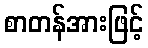
စာတန်အားဖြင့်